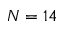
N = 1 4